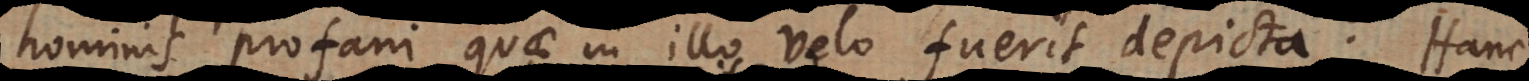
hominis profani quae in illo velo fuerit depicta. Hanc